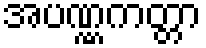
အပဏ္ဏကတ္တာ